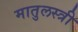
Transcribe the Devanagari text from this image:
मातुलस्त्री